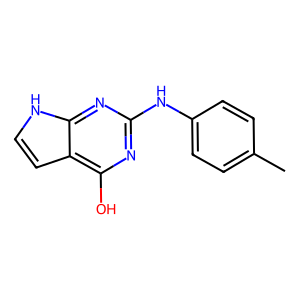
SMILES: Cc1ccc(Nc2nc(O)c3cc[nH]c3n2)cc1
Inhibits HIV replication: No